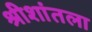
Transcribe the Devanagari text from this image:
श्रीशांतला